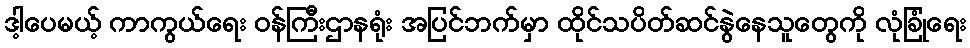
ဒါ့ပေမယ့် ကာကွယ်ရေး ဝန်ကြီးဌာနရုံး အပြင်ဘက်မှာ ထိုင်သပိတ်ဆင်နွဲနေသူတွေကို လုံခြုံရေး